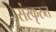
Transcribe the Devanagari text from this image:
संस्कृरुत